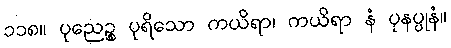
၁၁၈။ ပုညေဉ္စ ပုရိသော ကယိရာ၊ ကယိရာ နံ ပုနပ္ပုနံ။